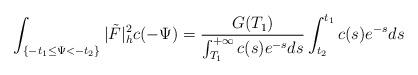
LaTeX: \begin{align*}\int_{\{-t_1\le\Psi<-t_2\}}|\tilde{F}|^2_hc(-\Psi)=\frac{G(T_1)}{\int_{T_1}^{+\infty}c(s)e^{-s}ds}\int_{t_2}^{t_1}c(s)e^{-s}ds \end{align*}